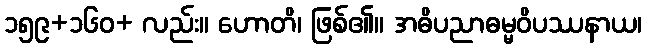
၁၅၉+၁၆၀+ လည်း။ ဟောတိ၊ ဖြစ်၏။ အဓိပညာဓမ္မဝိပဿနာယ၊